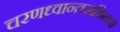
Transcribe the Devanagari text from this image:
चरणध्वान्तजथिनः।।